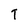
Character: t